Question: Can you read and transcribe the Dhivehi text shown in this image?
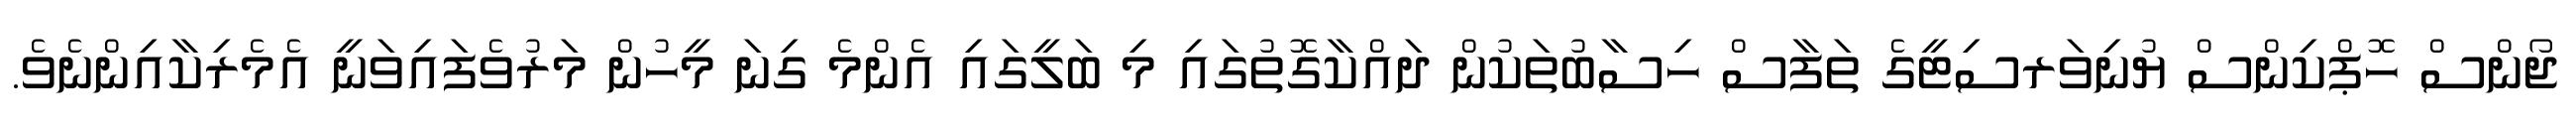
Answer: ޖޯންސް ހޮޕްކިންސް ޔުނިވަރސިޓީގެ ތަފާސް ހިސާބުތަކުން ދައްކާގޮތުގައި މި ބަލީގައި އެންމެ ގިނަ މީހުން މަރުވެފައިވަނީ އެމެރިކާއިންނެވެ.